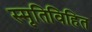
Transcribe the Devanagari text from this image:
स्मृतिविहित